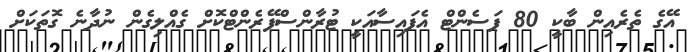
އޭގެ ތެރެއިން ބާކީ 80 ޕަސެންޓް އެފައިސާއަކީ ޓުރާންސްޕޭރެންޓްކޮށް ގެއްލިގެން ނުދާނެ ގޮތަކަށް